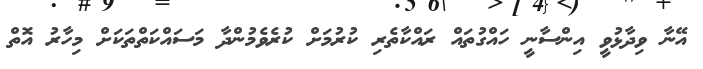
އޭނާ ވިދާޅުވީ އިންސާނީ ހައްގުތައް ރައްކާތެރި ކުރުމަށް ކުރެވެމުންދާ މަސައްކަތްތަކަށް މިހާރު އޮތް